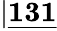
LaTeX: \lvert\underline{{\textbf{131}}}